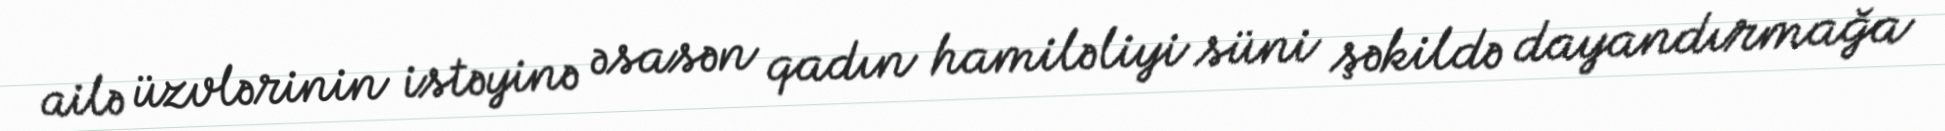
ailə üzvlərinin istəyinə əsasən qadın hamiləliyi süni şəkildə dayandırmağa